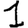
Digit: 1